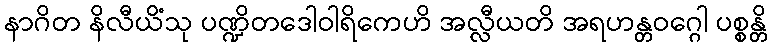
နာဂိတ နိလီယိံသု ပဏ္ဍိတဒေါဝါရိကေဟိ အလ္လီယတိ အရဟန္တဝဂ္ဂေါ ပစ္စန္တိ